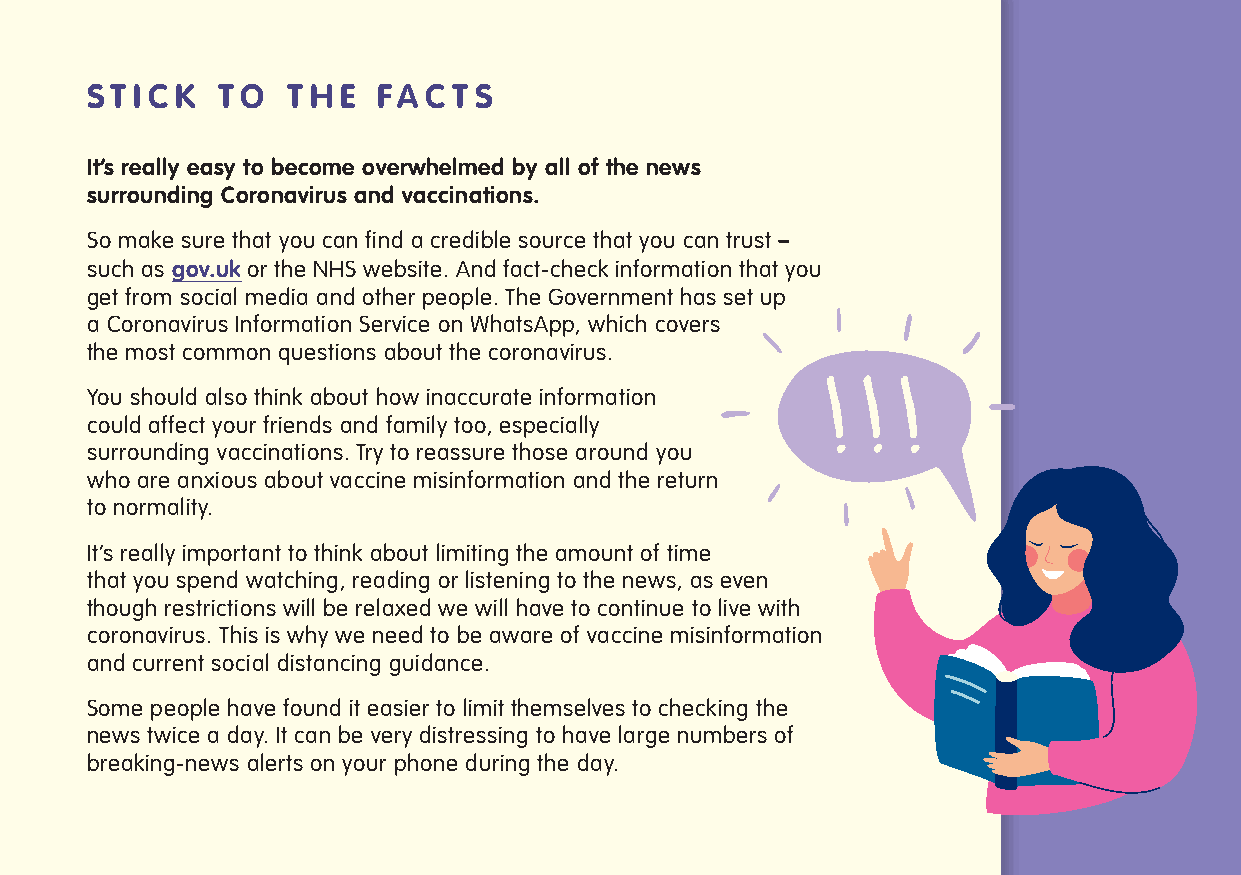
S T I C K T O T H E FA C T S
 It’s really easy to become overwhelmed by all of the news
 surrounding Coronavirus and vaccinations.
 So make sure that you can find a credible source that you can trust –
 such as gov.uk or the NHS website. And fact-check information that you
 get from social media and other people. The Government has set up
 a Coronavirus Information Service on WhatsApp, which covers
 the most common questions about the coronavirus.
 You should also think about how inaccurate information
 could affect your friends and family too, especially
 surrounding vaccinations. Try to reassure those around you
 who are anxious about vaccine misinformation and the return
 to normality.
 It’s really important to think about limiting the amount of time
 that you spend watching, reading or listening to the news, as even
 though restrictions will be relaxed we will have to continue to live with
 coronavirus. This is why we need to be aware of vaccine misinformation
 and current social distancing guidance.
 Some people have found it easier to limit themselves to checking the
 news twice a day. It can be very distressing to have large numbers of
 breaking-news alerts on your phone during the day.